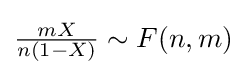
{\tfrac {mX}{n(1-X)}}\sim F(n,m)